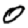
Digit: 0